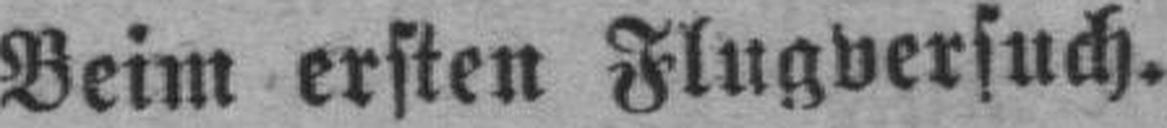
Beim ersten Flugversuch.